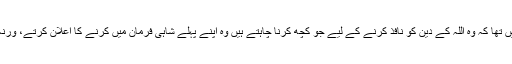
مگر حضرت یوسفؑ کے لیے یہ ممکن نہیں تھا کہ وہ اللہ کے دین کو نافذ کرنے کے لیے جو کچھ کرنا چاہتے ہیں وہ اپنے پہلے شاہی فرمان میں کرنے کا اعلان کرتے، ورنہ قوم اس کو ماننے کے لیے تیار نہ ہوتی۔